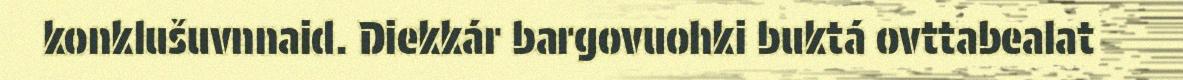
konklušuvnnaid. Diekkár bargovuohki buktá ovttabealat